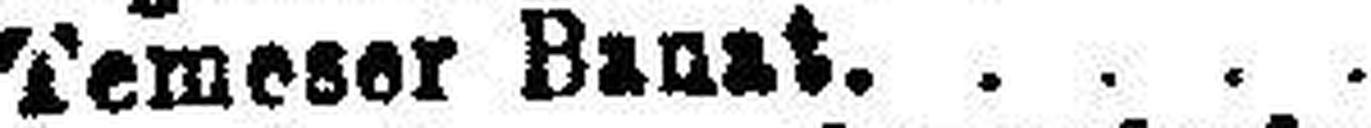
5% " Temeser Banat.